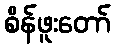
စိန်ဖူးတော်